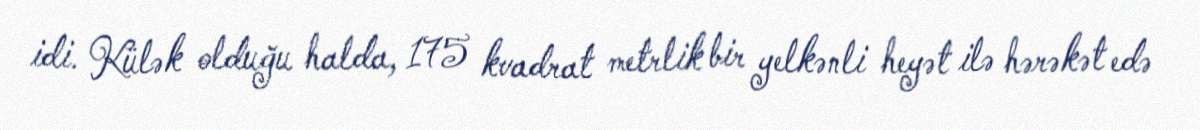
idi. Külək olduğu halda, 175 kvadrat metrlik bir yelkənli heyət ilə hərəkət edə